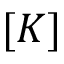
[ K ]